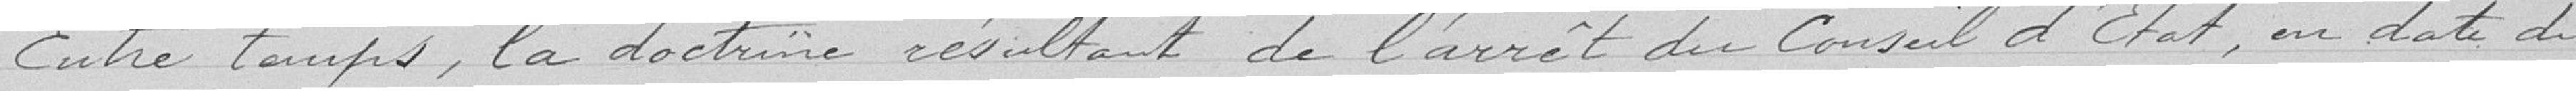
Entre temps, la doctrine résultant de l'arrêt du Conseil d'Etat, en date du